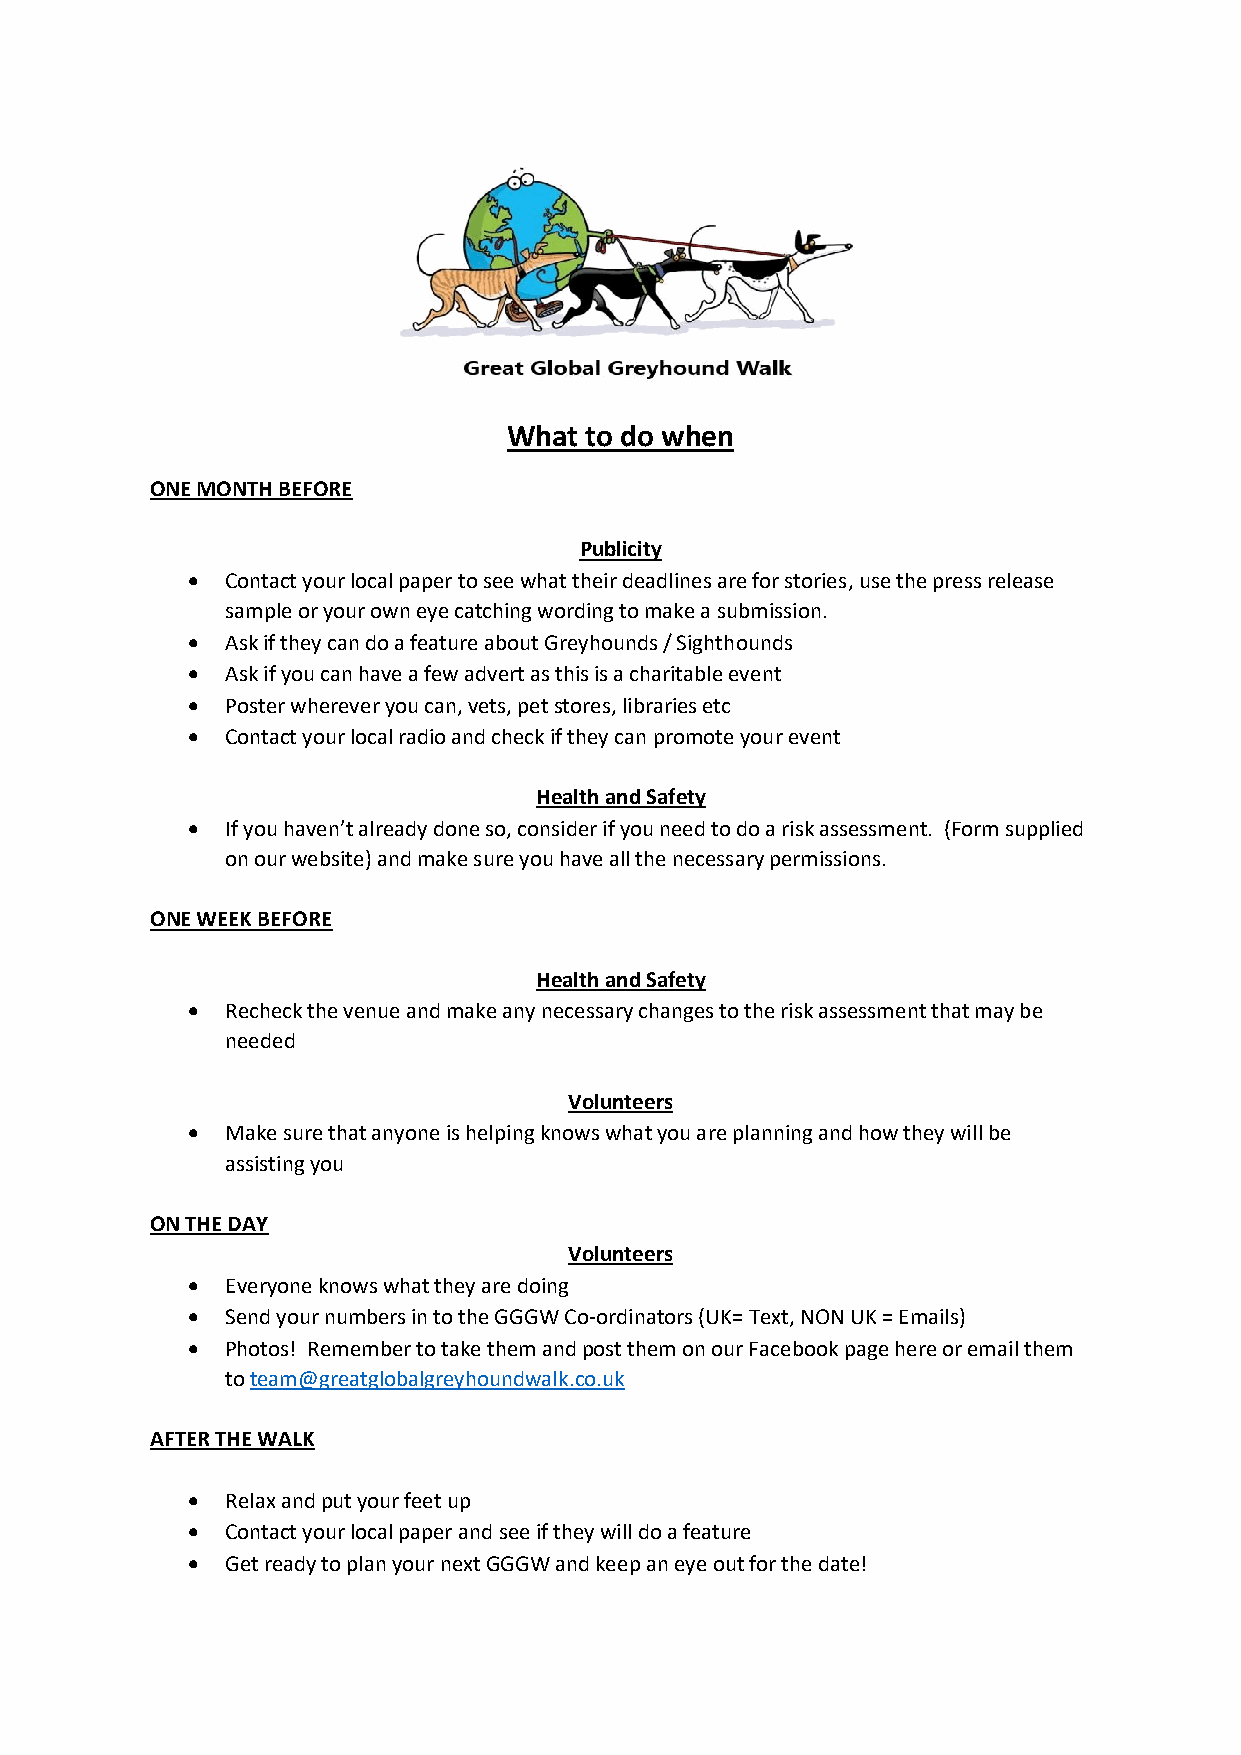
What to do when
 ONE MONTH BEFORE
 Publicity
 •  Contact your local paper to see what their deadlines are for stories, use the press release
 sample or your own eye catching wording to make a submission.
 •  Ask if they can do a feature about Greyhounds / Sighthounds
 •  Ask if you can have a few advert as this is a charitable event
 •  Poster wherever you can, vets, pet stores, libraries etc
 •  Contact your local radio and check if they can promote your event
 Health and Safety
 •  If you haven’t already done so, consider if you need to do a risk assessment. (Form supplied
 on our website) and make sure you have all the necessary permissions.
 ONE WEEK BEFORE
 Health and Safety
 •  Recheck the venue and make any necessary changes to the risk assessment that may be
 needed
 Volunteers
 •  Make sure that anyone is helping knows what you are planning and how they will be
 assisting you
 ON THE DAY
 Volunteers
 •  Everyone knows what they are doing
 •  Send your numbers in to the GGGW Co-ordinators (UK= Text, NON UK = Emails)
 •  Photos! Remember to take them and post them on our Facebook page here or email them
 to team@greatglobalgreyhoundwalk.co.uk
 AFTER THE WALK
 •  Relax and put your feet up
 •  Contact your local paper and see if they will do a feature
 •  Get ready to plan your next GGGW and keep an eye out for the date!